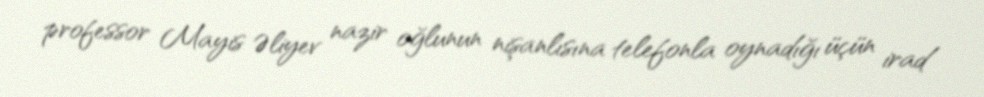
professor Mayis Əliyev nazir oğlunun nişanlısına telefonla oynadığı üçün irad